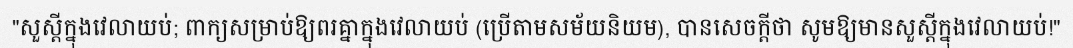
"សួស្តីក្នុងវេលាយប់; ពាក្យសម្រាប់ឱ្យពរគ្នាក្នុងវេលាយប់ (ប្រើតាមសម័យនិយម), បានសេចក្តីថា សូមឱ្យមានសួស្តីក្នុងវេលាយប់!"